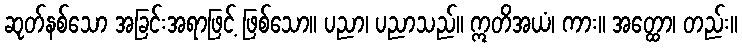
ဆုတ်နစ်သော အခြင်းအရာဖြင့် ဖြစ်သော။ ပညာ၊ ပညာသည်။ ဣတိအယံ၊ ကား။ အတ္ထော၊ တည်း။